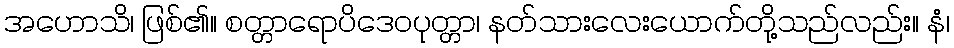
အဟောသိ၊ ဖြစ်၏။ စတ္တာရောပိဒေဝပုတ္တာ၊ နတ်သားလေးယောက်တို့သည်လည်း။ နံ၊